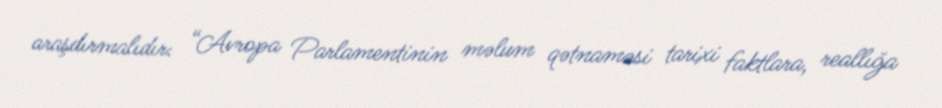
araşdırmalıdır: “Avropa Parlamentinin məlum qətnaməsi tarixi faktlara, reallığa